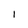
Character: I